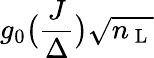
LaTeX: g_{0}\big(\frac{J}{\Delta}\big)\sqrt{{n}_{\mathrm{~L~}}}